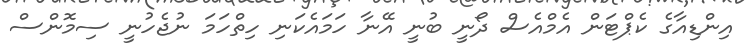
އިންޑިއާގެ ކެޕްޓަން އެމްއެސް ދޯނީ ބުނީ އޭނާ ހަަމައެކަނި ހިތްހަމަ ނުޖެހުނީ ސިމޮންސް